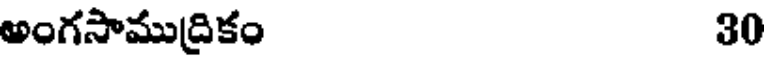
అంగసాముద్రికం 30